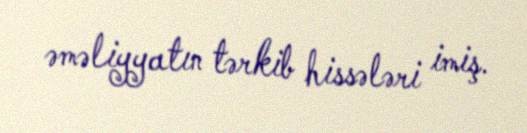
əməliyyatın tərkib hissələri imiş.